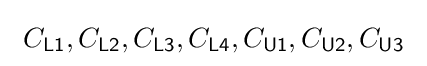
\ C_{\mathsf {L1}},C_{\mathsf {L2}},C_{\mathsf {L3}},C_{\mathsf {L4}},C_{\mathsf {U1}},C_{\mathsf {U2}},C_{\mathsf {U3}}\